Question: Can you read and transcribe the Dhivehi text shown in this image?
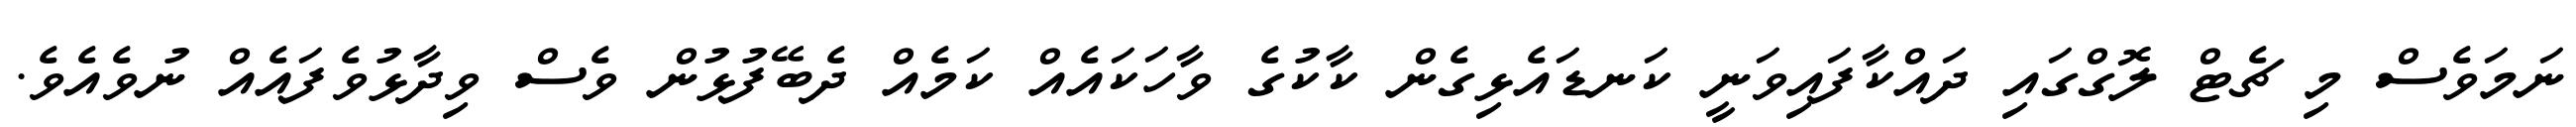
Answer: ނަމަވެސް މި ޗެޓް ލޮގްގައި ދައްކާފައިވަނީ ކަނޑައެޅިގެން ކާކުގެ ވާހަކައެއް ކަމެއް ދެބޭފުޅުން ވެސް ވިދާޅުވެފައެއް ނުވެއެވެ.